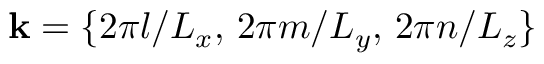
\mathbf { k } = \{ 2 \pi l / L _ { x } , \, 2 \pi m / L _ { y } , \, 2 \pi n / L _ { z } \}